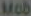
Mob